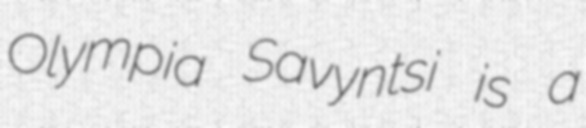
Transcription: Olympia Savyntsi is a